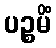
ပဉ္စမိံ